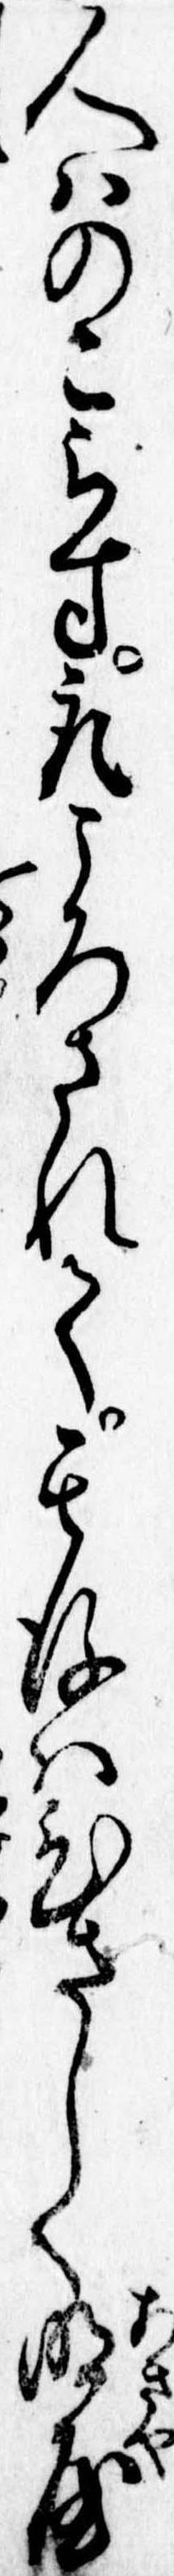
人はのこらす取ころされて其後はひさしく明屋